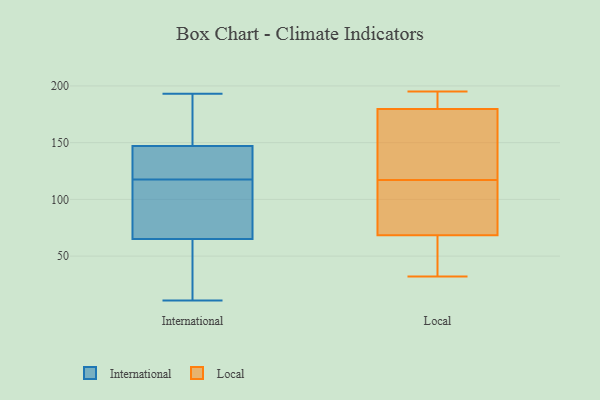
{"axis": {"x": "Net Income (USD K)", "y": "Value"}, "legend": ["International", "Local"], "data": [{"x": "", "y": 100, "type": "International"}, {"x": "", "y": 11, "type": "International"}, {"x": "", "y": 111, "type": "International"}, {"x": "", "y": 61, "type": "International"}, {"x": "", "y": 69, "type": "International"}, {"x": "", "y": 142, "type": "International"}, {"x": "", "y": 16, "type": "International"}, {"x": "", "y": 152, "type": "International"}, {"x": "", "y": 124, "type": "International"}, {"x": "", "y": 193, "type": "International"}, {"x": "", "y": 129, "type": "International"}, {"x": "", "y": 182, "type": "International"}, {"x": "", "y": 195, "type": "Local"}, {"x": "", "y": 167, "type": "Local"}, {"x": "", "y": 195, "type": "Local"}, {"x": "", "y": 84, "type": "Local"}, {"x": "", "y": 102, "type": "Local"}, {"x": "", "y": 68, "type": "Local"}, {"x": "", "y": 176, "type": "Local"}, {"x": "", "y": 181, "type": "Local"}, {"x": "", "y": 127, "type": "Local"}, {"x": "", "y": 62, "type": "Local"}, {"x": "", "y": 186, "type": "Local"}, {"x": "", "y": 39, "type": "Local"}, {"x": "", "y": 106, "type": "Local"}, {"x": "", "y": 193, "type": "Local"}, {"x": "", "y": 162, "type": "Local"}, {"x": "", "y": 70, "type": "Local"}, {"x": "", "y": 32, "type": "Local"}, {"x": "", "y": 117, "type": "Local"}, {"x": "", "y": 53, "type": "Local"}]}